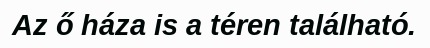
Az ő háza is a téren található.